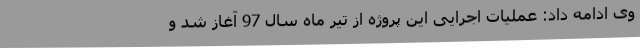
وی ادامه داد: عملیات اجرایی این پروژه از تیر ماه سال 97 آغاز شد و